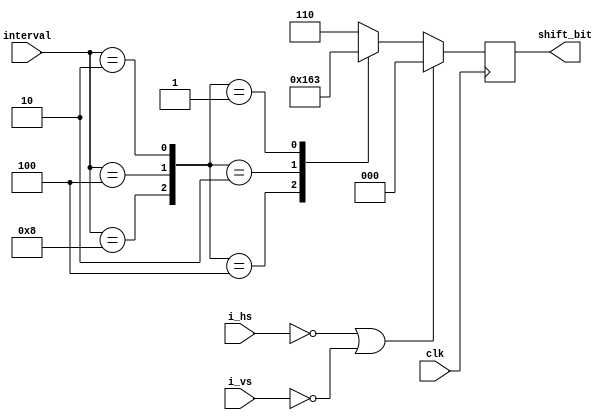
module log2_4bit (
    input clk,
    input i_hs,
    input i_vs,
    input [3:0] interval,
    output [2:0] shift_bit  //+2
);

reg [2:0] shift_bit_w, shift_bit_r;

wire cpr0, cpr1, cpr2;
wire [2:0] sel;
assign cpr0 = (interval == 8);
assign cpr1 = (interval == 4);
assign cpr2 = (interval == 2);
assign sel = {cpr0, cpr1, cpr2};

assign shift_bit = shift_bit_r;

always @(*) begin
    case (sel)
        3'b100: begin
            shift_bit_w = 5;
        end
        3'b010: begin
            shift_bit_w = 4;
        end
        3'b001: begin
            shift_bit_w = 3;
        end
        default: begin
            shift_bit_w = 6;
        end
    endcase
end

always @(posedge clk) begin
//    if(!rst_n)begin     //rst_n
//        shift_bit_r <= 0;
//    end
//    else 
    if(!i_hs || !i_vs)begin
        shift_bit_r <= 0;
    end
    else begin
        shift_bit_r <= shift_bit_w;
    end
end
    
endmodule